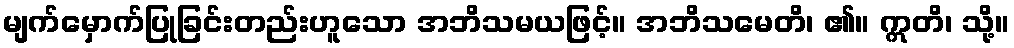
မျက်မှောက်ပြုခြင်းတည်းဟူသော အဘိသမယဖြင့်။ အဘိသမေတိ၊ ၏။ ဣတိ၊ သို့။